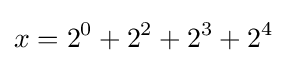
x=2^{0}+2^{2}+2^{3}+2^{4}